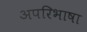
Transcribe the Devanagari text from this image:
अपरिभाषा